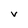
Character: V